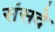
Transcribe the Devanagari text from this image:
संसदे